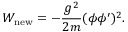
W _ { \mathrm { n e w } } = - \frac { g ^ { 2 } } { 2 m } ( \phi \phi ^ { \prime } ) ^ { 2 } .